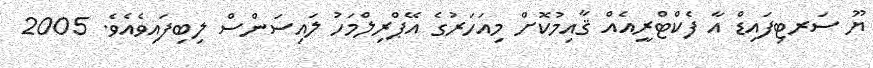
ޔޫ ސަރޓިފައިޑް އާ ފެކްޓްރީއެއް ޤާއިމުކޮށް މިއަހަރުގެ އޭޕްރިލްމަހު ލައިސަންސް ލިބިފައިވެއެވެ. 2005